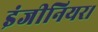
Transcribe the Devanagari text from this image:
इंजीनियर।